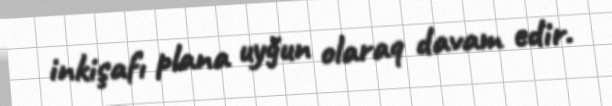
inkişafı plana uyğun olaraq davam edir.